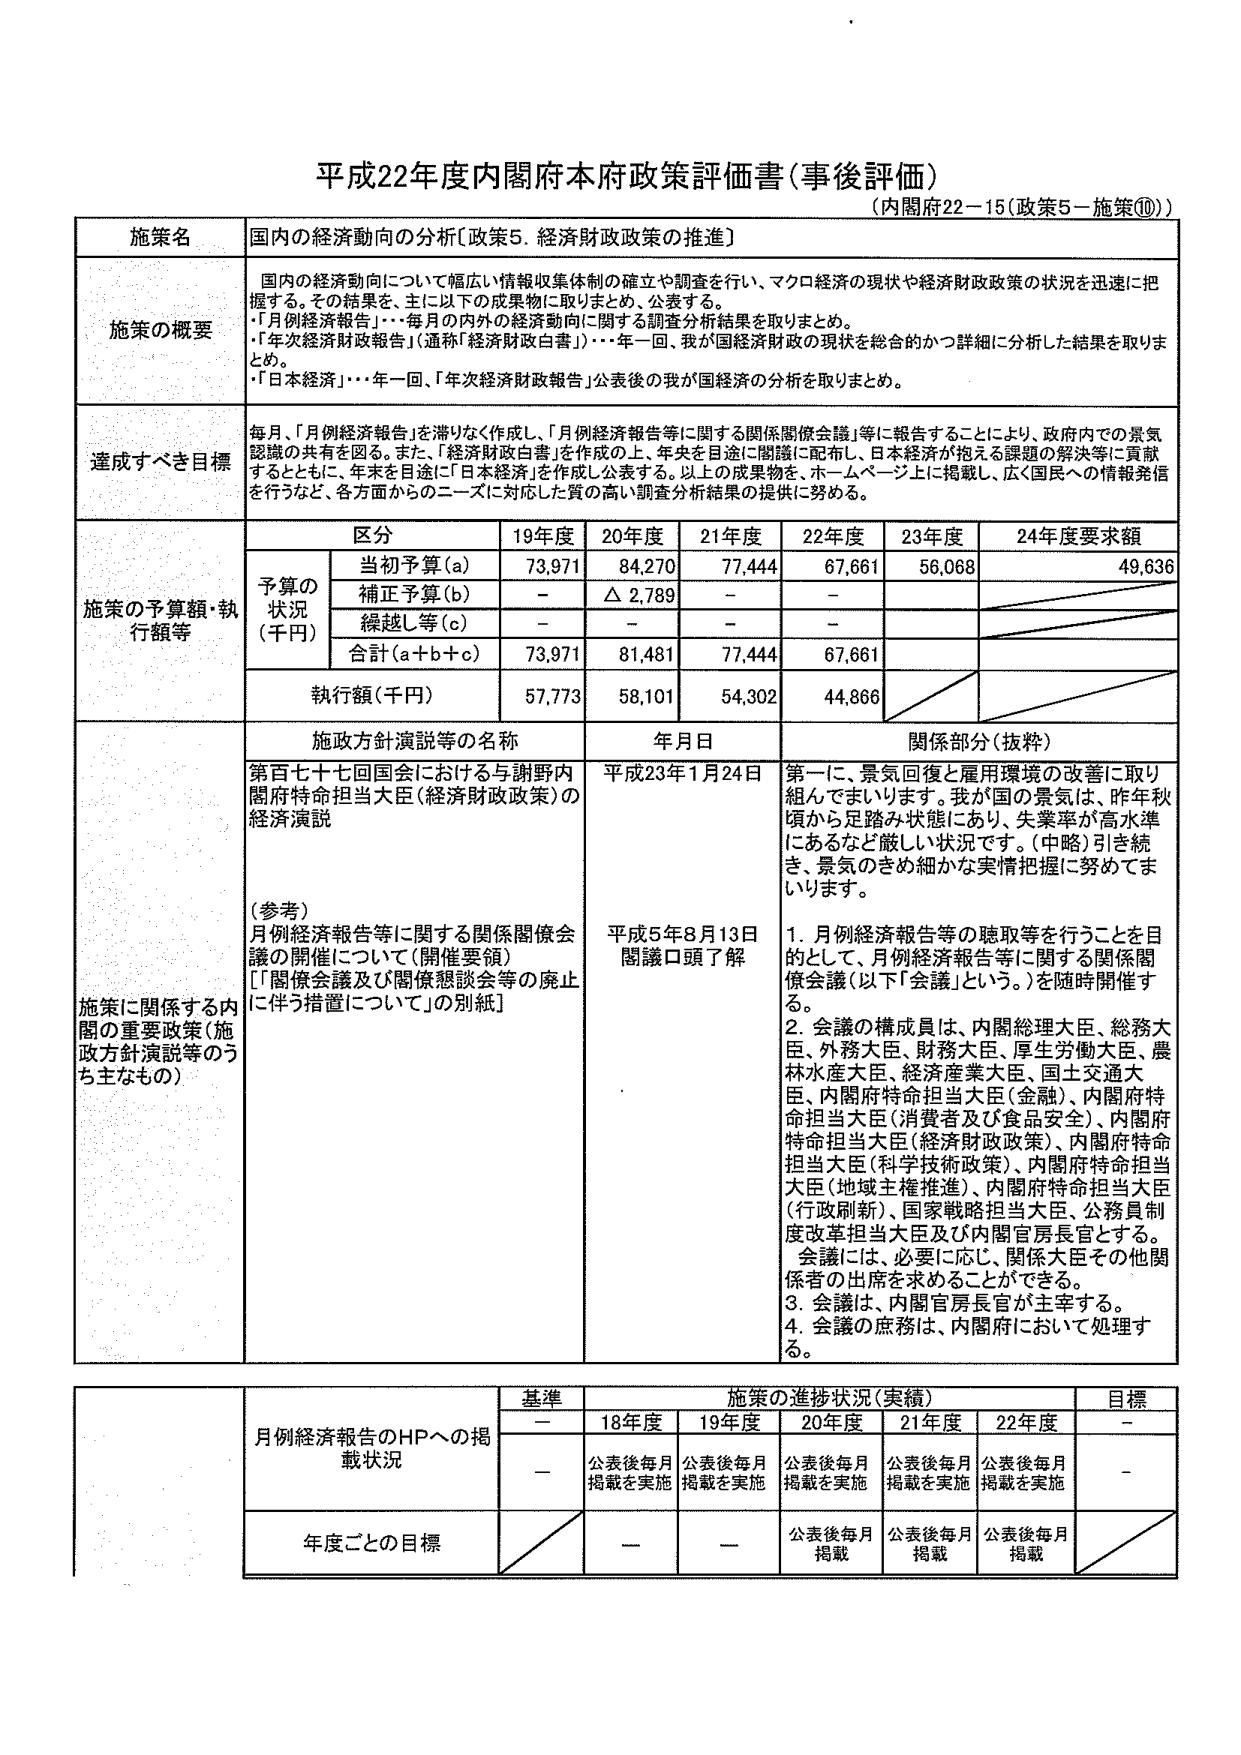
平成22年度内閣府本府政策評価書（事後評価）
（内閣府22－15（政策5－施策⑩））

施策名
国内の経済動向の分析〔政策5．経済財政政策の推進〕

施策の概要
国内の経済動向について幅広い情報収集体制の確立や調査を行い、マクロ経済の現状や経済財政政策の状況を迅速に把握する。その結果を、主に以下の成果物に取りまとめ、公表する。
・「月例経済報告」・・・毎月の内外の経済動向に関する調査分析結果を取りまとめ。
・「年次経済財政報告」（通称「経済財政白書」）・・・年一回、我が国経済財政の現状を総合的かつ詳細に分析した結果を取りまとめ。
・「日本経済」・・・年一回、「年次経済財政報告」公表後の我が国経済の分析を取りまとめ。

達成すべき目標
毎月、「月例経済報告」を滞りなく作成し、「月例経済報告等に関する関係閣僚会議」等に報告することにより、政府内での景気認識の共有を図る。また、「経済財政白書」を作成の上、年末を目途に関係に配布し、日本経済が抱える課題の解決等に貢献するとともに、年末を目途に「日本経済」を作成し公表する。以上の成果物を、ホームページ上に掲載し、広く国民への情報発信を行うなど、各方面からのニーズに対応した質の高い調査分析結果の提供に努める。

施策の予算額・執行額等
区分　19年度　20年度　21年度　22年度　23年度　24年度要求額
予算の状況（千円）
　当初予算（a）　73,971　84,270　77,444　67,661　56,068　49,636
　補正予算（b）　－　△2,789　－　－　　－
　繰越し等（c）　－　－　－　－　　－
　合計（a＋b＋c）　73,971　81,481　77,444　67,661　　－
執行額（千円）　57,773　58,101　54,302　44,866　　－

施策に関係する内閣の重要政策（施政方針演説等のうち主なもの）
施政方針演説等の名称　年月日　関係部分（抜粋）
第百七十七回国会における与謝野内閣府特命担当大臣（経済財政政策）の経済演説　平成23年1月24日　第一に、景気回復と雇用環境の改善に取り組んでまいります。我が国の景気は、昨年秋頃から足踏み状態にあり、失業率が高水準にあるなど厳しい状況です。（中略）引き続き、景気のきめ細かな実情把握に努めてまいります。
（参考）
月例経済報告等に関する関係閣僚会議の開催について（開催要領）
［「関係会議及び関係懇談会等の廃止に伴う措置について」の別紙］　平成5年8月13日　閣議口頭了解
1．月例経済報告等の聴取等を行うことを目的として、月例経済報告等に関する関係閣僚会議（以下「会議」という。）を随時開催する。
2．会議の構成員は、内閣総理大臣、総務大臣、外務大臣、財務大臣、厚生労働大臣、農林水産大臣、経済産業大臣、国土交通大臣、内閣府特命担当大臣（金融）、内閣府特命担当大臣（消費者及び食品安全）、内閣府特命担当大臣（経済財政政策）、内閣府特命担当大臣（科学技術政策）、内閣府特命担当大臣（地域主権推進）、内閣府特命担当大臣（行政刷新）、国家戦略担当大臣、公務員制度改革担当大臣及び内閣官房長官とする。会議には、必要に応じ、関係大臣その他関係者の出席を求めることができる。
3．会議は、内閣官房長官が主宰する。
4．会議の庶務は、内閣府において処理する。

月例経済報告のHPへの掲載状況
基準　施策の進捗状況（実績）　目標
　－　18年度　19年度　20年度　21年度　22年度　－
　－　公表後毎月掲載を実施　公表後毎月掲載を実施　公表後毎月掲載を実施　公表後毎月掲載を実施　公表後毎月掲載を実施　－
年度ごとの目標　　－　－　公表後毎月掲載　公表後毎月掲載　公表後毎月掲載　－